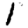
Digit: 1